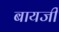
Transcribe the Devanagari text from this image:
बायजी